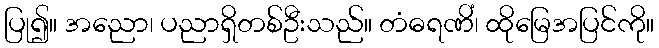
ပြု၍။ အညော၊ ပညာရှိတစ်ဦးသည်။ တံဓရဏိံ၊ ထိုမြေအပြင်ကို။